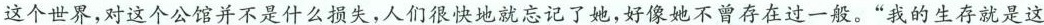
这个世界，对这个公馆并不是什么损失，人们很快地就忘记了她，好像她不曾存在过一般。”我的生存就是这